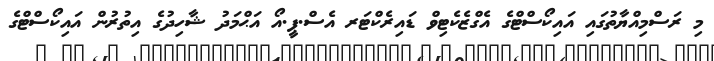
މި ރަސްމިއްޔާތުގައި އައިކޯސްޓްގެ އެގްޒެކެޓިވް ޑައިރެކްޓަރ އެސް.ޕީ.އޯ އަޙްމަދު ޝާހިދުގެ އިތުރުން އައިކޯސްޓްގެ